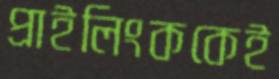
প্রাইলিংককেই